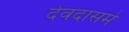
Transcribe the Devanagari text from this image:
देवदासमे